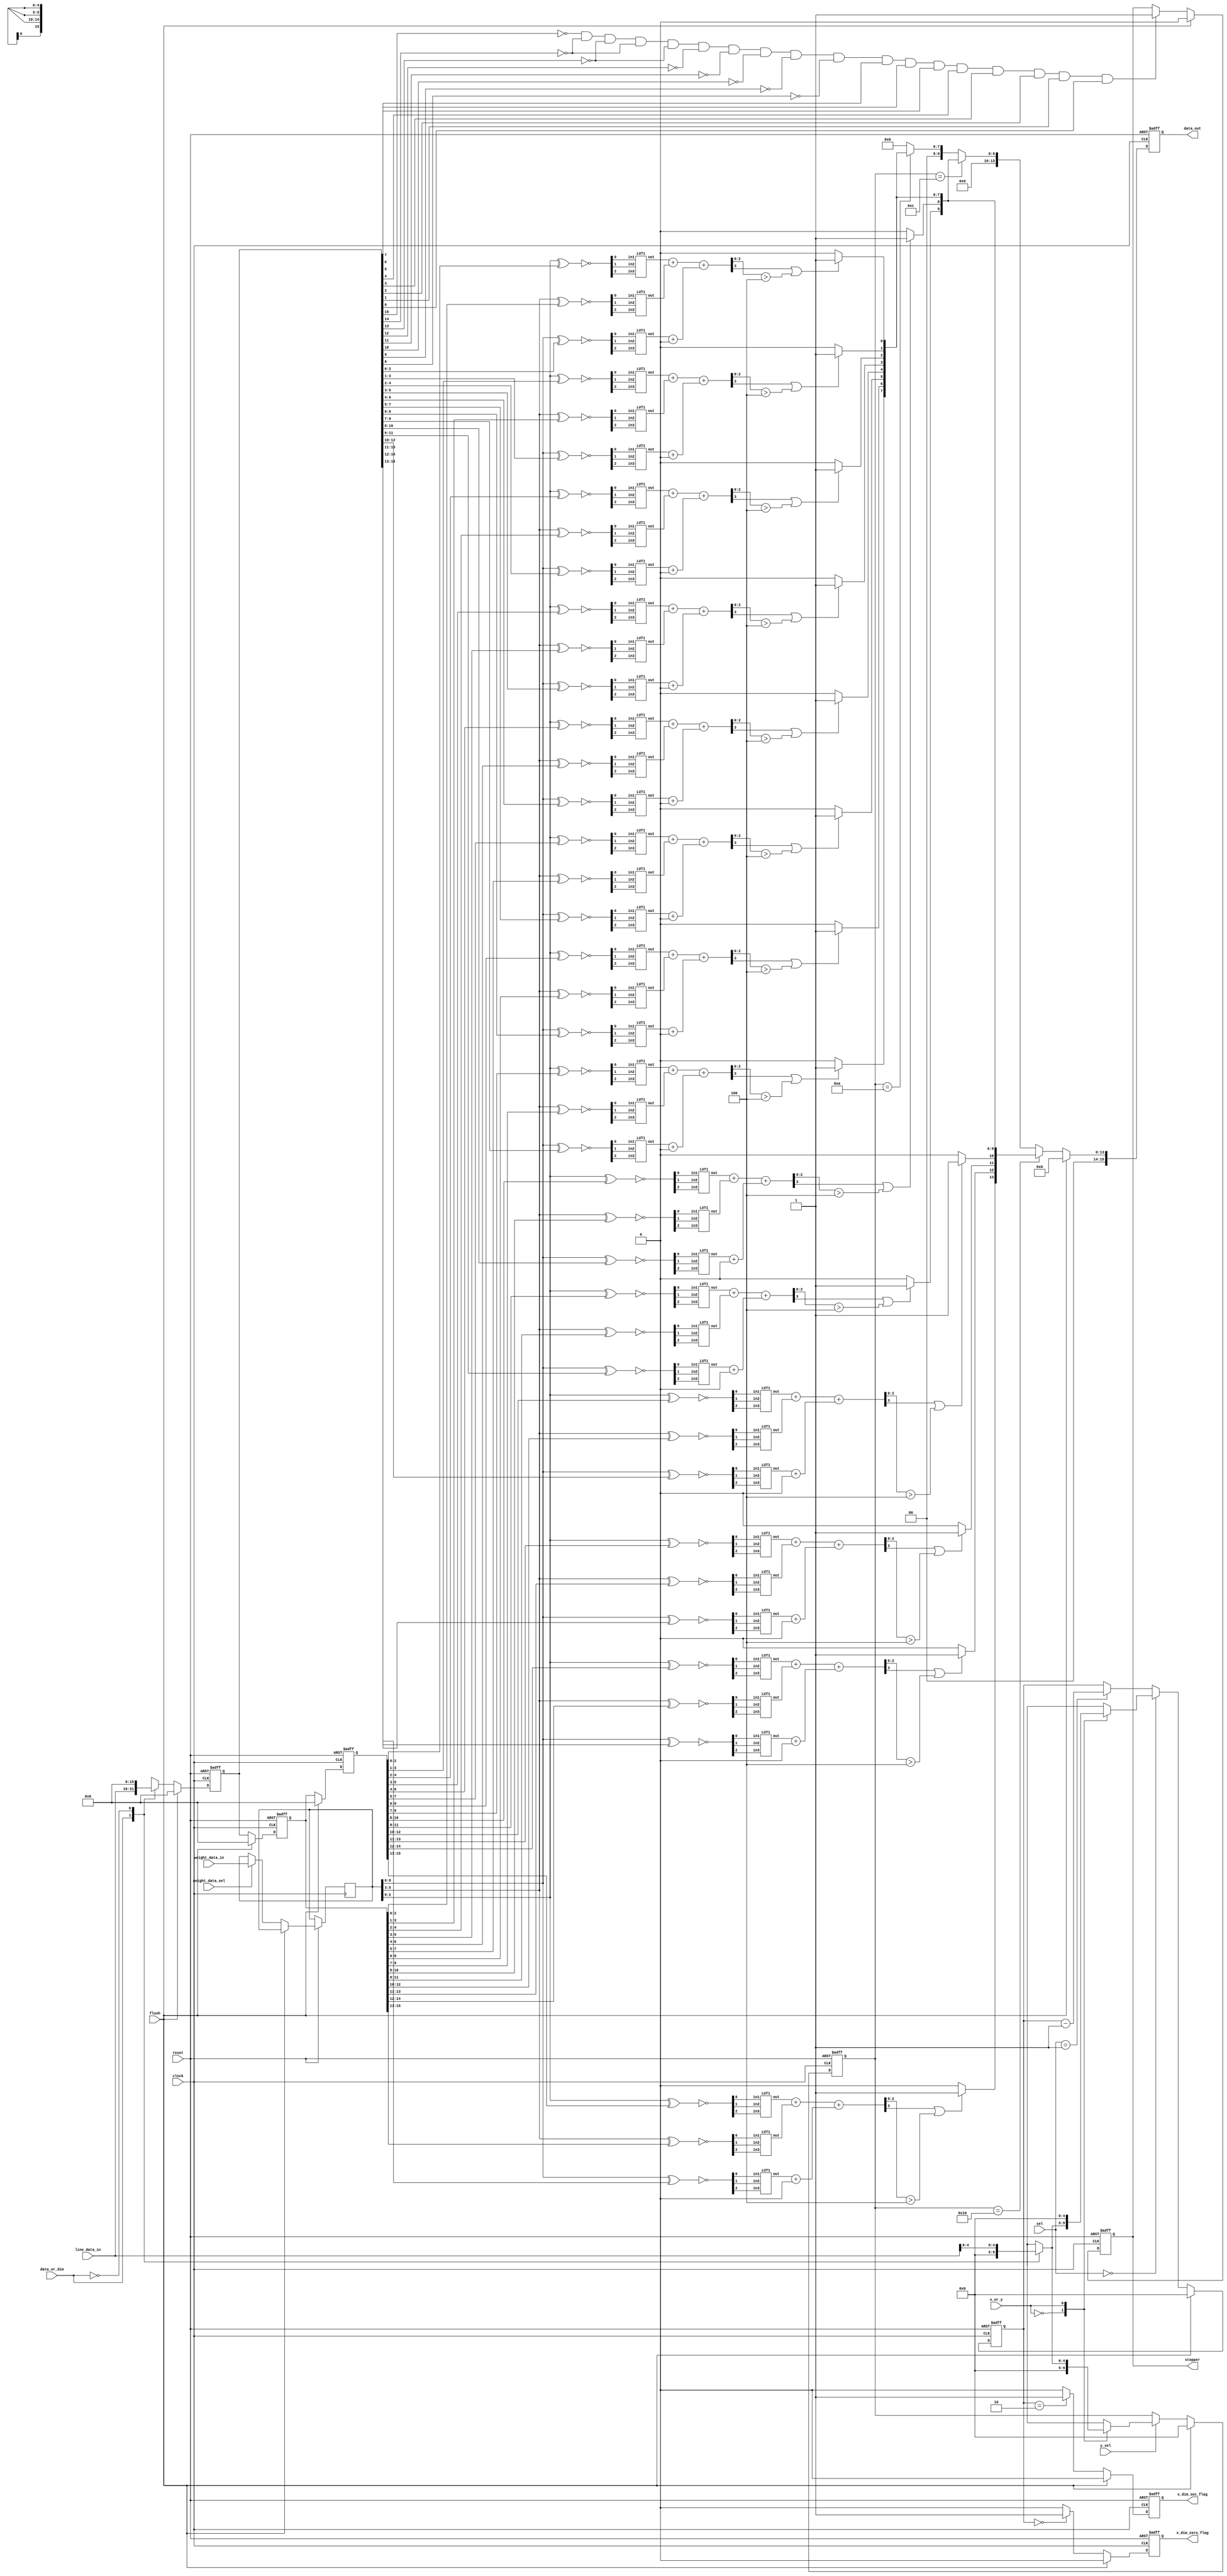
module datapath (
    line_data_in,weight_data_in,
    clock,reset,
    data_out,x_dim_zero_flag,x_dim_sec_flag,stopper,
    //control
    data_or_dim,x_or_y,weight_data_sel,y_sel,sel,flush
);
    input[15:0] line_data_in,weight_data_in;
    input clock,reset;
    output[15:0] data_out;
    output x_dim_zero_flag;
    output x_dim_sec_flag;
    output stopper;

     //wires
    reg[15:0] IR_in;
    reg[4:0] SRAM_in,x_line,y_line;
    reg[15:0] weight_data_line;
    reg[15:0] data_temp;
    reg[15:0] Carry_A;
    reg[47:0] A_reg_added_val;
    reg[15:0] data_temp_padded;

    //temporary storage
    reg[15:0] weight_data;
    reg[4:0] x_dim,y_dim;
    reg[15:0] A_reg,B_reg,C_reg;


    //control signals
    input data_or_dim,x_or_y,weight_data_sel,y_sel;
    input flush;
    input[1:0] sel;

    //output
    reg[15:0] data_out;
    reg x_dim_zero_flag;
    reg x_dim_sec_flag;
    reg stopper;


    //Module instantiation
    //A LUT1 implementation
    wire[47:0] A_reg_temp;
    reg[2:0] temp_a_0,temp_a_1,temp_a_2,temp_a_3,temp_a_4,temp_a_5,temp_a_6,temp_a_7,temp_a_8,temp_a_9,temp_a_10,temp_a_11,temp_a_12,temp_a_13,temp_a_14,temp_a_15,temp_a_16;
    LUT1 l1(A_reg_temp[2:0],temp_a_0[0],temp_a_0[1],temp_a_0[2]);
    LUT1 l2(A_reg_temp[5:3],temp_a_1[0],temp_a_1[1],temp_a_1[2]);
    LUT1 l3(A_reg_temp[8:6],temp_a_2[0],temp_a_2[1],temp_a_2[2]);
    LUT1 l4(A_reg_temp[11:9],temp_a_3[0],temp_a_3[1],temp_a_3[2]);
    LUT1 l5(A_reg_temp[14:12],temp_a_4[0],temp_a_4[1],temp_a_4[2]);
    LUT1 l6(A_reg_temp[17:15],temp_a_5[0],temp_a_5[1],temp_a_5[2]);
    LUT1 l7(A_reg_temp[20:18],temp_a_6[0],temp_a_6[1],temp_a_6[2]);
    LUT1 l8(A_reg_temp[23:21],temp_a_7[0],temp_a_7[1],temp_a_7[2]);
    LUT1 l9(A_reg_temp[26:24],temp_a_8[0],temp_a_8[1],temp_a_8[2]);
    LUT1 l10(A_reg_temp[29:27],temp_a_9[0],temp_a_9[1],temp_a_9[2]);
    LUT1 l11(A_reg_temp[32:30],temp_a_10[0],temp_a_10[1],temp_a_10[2]);
    LUT1 l12(A_reg_temp[35:33],temp_a_11[0],temp_a_11[1],temp_a_11[2]);
    LUT1 l13(A_reg_temp[38:36],temp_a_12[0],temp_a_12[1],temp_a_12[2]);
    LUT1 l14(A_reg_temp[41:39],temp_a_13[0],temp_a_13[1],temp_a_13[2]);
    assign A_reg_temp[47:42] = 6'b000000;


    //B LUT1 implementation
    wire[47:0] B_reg_temp;
    reg[2:0] temp_b_0,temp_b_1,temp_b_2,temp_b_3,temp_b_4,temp_b_5,temp_b_6,temp_b_7,temp_b_8,temp_b_9,temp_b_10,temp_b_11,temp_b_12,temp_b_13,temp_b_14,temp_b_15,temp_b_16;
    LUT1 g1(B_reg_temp[2:0],temp_b_0[0],temp_b_0[1],temp_b_0[2]);
    LUT1 g2(B_reg_temp[5:3],temp_b_1[0],temp_b_1[1],temp_b_1[2]);
    LUT1 g3(B_reg_temp[8:6],temp_b_2[0],temp_b_2[1],temp_b_2[2]);
    LUT1 g4(B_reg_temp[11:9],temp_b_3[0],temp_b_3[1],temp_b_3[2]);
    LUT1 g5(B_reg_temp[14:12],temp_b_4[0],temp_b_4[1],temp_b_4[2]);
    LUT1 g6(B_reg_temp[17:15],temp_b_5[0],temp_b_5[1],temp_b_5[2]);
    LUT1 g7(B_reg_temp[20:18],temp_b_6[0],temp_b_6[1],temp_b_6[2]);
    LUT1 g8(B_reg_temp[23:21],temp_b_7[0],temp_b_7[1],temp_b_7[2]);
    LUT1 g9(B_reg_temp[26:24],temp_b_8[0],temp_b_8[1],temp_b_8[2]);
    LUT1 g10(B_reg_temp[29:27],temp_b_9[0],temp_b_9[1],temp_b_9[2]);
    LUT1 g11(B_reg_temp[32:30],temp_b_10[0],temp_b_10[1],temp_b_10[2]);
    LUT1 g12(B_reg_temp[35:33],temp_b_11[0],temp_b_11[1],temp_b_11[2]);
    LUT1 g13(B_reg_temp[38:36],temp_b_12[0],temp_b_12[1],temp_b_12[2]);
    LUT1 g14(B_reg_temp[41:39],temp_b_13[0],temp_b_13[1],temp_b_13[2]);
    assign B_reg_temp[47:42] = 6'b000000;

    //C LUT1 implementction
    wire[47:0] C_reg_temp;
    reg[2:0] temp_c_0,temp_c_1,temp_c_2,temp_c_3,temp_c_4,temp_c_5,temp_c_6,temp_c_7,temp_c_8,temp_c_9,temp_c_10,temp_c_11,temp_c_12,temp_c_13,temp_c_14,temp_c_15,temp_c_16;
    LUT1 p1(C_reg_temp[2:0],temp_c_0[0],temp_c_0[1],temp_c_0[2]);
    LUT1 p2(C_reg_temp[5:3],temp_c_1[0],temp_c_1[1],temp_c_1[2]);
    LUT1 p3(C_reg_temp[8:6],temp_c_2[0],temp_c_2[1],temp_c_2[2]);
    LUT1 p4(C_reg_temp[11:9],temp_c_3[0],temp_c_3[1],temp_c_3[2]);
    LUT1 p5(C_reg_temp[14:12],temp_c_4[0],temp_c_4[1],temp_c_4[2]);
    LUT1 p6(C_reg_temp[17:15],temp_c_5[0],temp_c_5[1],temp_c_5[2]);
    LUT1 p7(C_reg_temp[20:18],temp_c_6[0],temp_c_6[1],temp_c_6[2]);
    LUT1 p8(C_reg_temp[23:21],temp_c_7[0],temp_c_7[1],temp_c_7[2]);
    LUT1 p9(C_reg_temp[26:24],temp_c_8[0],temp_c_8[1],temp_c_8[2]);
    LUT1 p10(C_reg_temp[29:27],temp_c_9[0],temp_c_9[1],temp_c_9[2]);
    LUT1 p11(C_reg_temp[32:30],temp_c_10[0],temp_c_10[1],temp_c_10[2]);
    LUT1 p12(C_reg_temp[35:33],temp_c_11[0],temp_c_11[1],temp_c_11[2]);
    LUT1 p13(C_reg_temp[38:36],temp_c_12[0],temp_c_12[1],temp_c_12[2]);
    LUT1 p14(C_reg_temp[41:39],temp_c_13[0],temp_c_13[1],temp_c_13[2]);
    assign C_reg_temp[47:42] = 6'b000000;

    always @(posedge clock or negedge reset) begin
        if(!reset)begin
            x_dim <= 5'b00000;
            y_dim <= 5'b00000;
            A_reg <= 16'h0000;
            B_reg <= 16'h0000;
            C_reg <= 16'h0000;
            data_out <= 16'h0000;
            x_dim_zero_flag <= 1'b0;
            x_dim_sec_flag <= 1'b0;
            stopper <= 1'b0; 
        end

        else if(flush == 1'b1)begin
            x_dim <= 5'b00000;
            y_dim <= 5'b00000;
            A_reg <= 16'h0000;
            B_reg <= 16'h0000;
            C_reg <= 16'h0000;
            data_out <= 16'h0000;
            x_dim_zero_flag <= 1'b0;
            x_dim_sec_flag <= 1'b0;
            stopper <= 1'b0; 
        end
        else begin
            if(y_sel == 1'b1) begin
                //update y
                y_dim <= y_line;
            end

            if(weight_data_sel == 1'b1)begin
                //weight data update
                weight_data <= weight_data_in;
            end

            if(sel == 2'b00)begin
                x_dim <= x_line;
            end
            else if(sel == 2'b01)begin
                x_dim <= x_dim - 1'b1;
            end

            if(x_dim == 5'b00000) begin
                x_dim_zero_flag <= 1'b1;
            end
            else begin
                x_dim_zero_flag <= 1'b0;
            end


            if(x_dim == 5'b00010) begin
                x_dim_sec_flag <= 1'b1;
            end
            else begin
                x_dim_sec_flag <= 1'b0;
            end

            C_reg <= IR_in;
            B_reg <= C_reg;
            A_reg <= B_reg;
            data_out <= data_temp_padded;

            if((~C_reg[15]) && (~C_reg[14]) && (~C_reg[13]) && (~C_reg[14]) && (~C_reg[13]) && (~C_reg[12]) && (~C_reg[11]) && (~C_reg[10]) && (~C_reg[9]) && (~C_reg[8]) && (C_reg[7]) && (C_reg[6]) && (C_reg[5]) && (C_reg[4]) && (C_reg[3]) && (C_reg[2]) && (C_reg[1]) && (C_reg[0])) begin
                stopper <= 1'b1;                
            end          

        end
    end


    always @(*) begin
        casex(data_or_dim)
            1'b1: begin
                //data
                IR_in = line_data_in;
                SRAM_in = 4'b0000;
            end
            1'b0: begin
                //dim
                IR_in = 16'h0000;
                SRAM_in = line_data_in[4:0];
            end
        endcase

        casex (x_or_y)
            1'b0:begin
                //x
                x_line = SRAM_in;
                y_line = 4'b0000;
            end
            1'b1:begin
                //y
                x_line = 4'b0000;
                y_line = SRAM_in;
            end
        endcase

        //weight_data_line <= weight_data_in;

         //C XNOR computation
        temp_c_0 <= ~((weight_data[8:6]) ^ (C_reg[2:0]));
        temp_c_1 <= ~((weight_data[8:6]) ^ (C_reg[3:1]));
        temp_c_2 <= ~((weight_data[8:6]) ^ (C_reg[4:2]));
        temp_c_3 <= ~((weight_data[8:6]) ^ (C_reg[5:3]));
        temp_c_4 <= ~((weight_data[8:6]) ^ (C_reg[6:4]));
        temp_c_5 <= ~((weight_data[8:6]) ^ (C_reg[7:5]));
        temp_c_6 <= ~((weight_data[8:6]) ^ (C_reg[8:6]));
        temp_c_7 <= ~((weight_data[8:6]) ^ (C_reg[9:7]));
        temp_c_8 <= ~((weight_data[8:6]) ^ (C_reg[10:8]));
        temp_c_9 <= ~((weight_data[8:6]) ^ (C_reg[11:9]));
        temp_c_10 <= ~((weight_data[8:6]) ^ (C_reg[12:10]));
        temp_c_11 <= ~((weight_data[8:6]) ^ (C_reg[13:11]));
        temp_c_12 <= ~((weight_data[8:6]) ^ (C_reg[14:12]));
        temp_c_13 <= ~((weight_data[8:6]) ^ (C_reg[15:13]));  


        //B XNOR computation
        temp_b_0 <= ~((weight_data[5:3]) ^ (B_reg[2:0]));
        temp_b_1 <= ~((weight_data[5:3]) ^ (B_reg[3:1]));
        temp_b_2 <= ~((weight_data[5:3]) ^ (B_reg[4:2]));
        temp_b_3 <= ~((weight_data[5:3]) ^ (B_reg[5:3]));
        temp_b_4 <= ~((weight_data[5:3]) ^ (B_reg[6:4]));
        temp_b_5 <= ~((weight_data[5:3]) ^ (B_reg[7:5]));
        temp_b_6 <= ~((weight_data[5:3]) ^ (B_reg[8:6]));
        temp_b_7 <= ~((weight_data[5:3]) ^ (B_reg[9:7]));
        temp_b_8 <= ~((weight_data[5:3]) ^ (B_reg[10:8]));
        temp_b_9 <= ~((weight_data[5:3]) ^ (B_reg[11:9]));
        temp_b_10 <= ~((weight_data[5:3]) ^ (B_reg[12:10]));
        temp_b_11 <= ~((weight_data[5:3]) ^ (B_reg[13:11]));
        temp_b_12 <= ~((weight_data[5:3]) ^ (B_reg[14:12]));
        temp_b_13 <= ~((weight_data[5:3]) ^ (B_reg[15:13])); 


        //A XNOR computation
        temp_a_0 <= ~((weight_data[2:0]) ^ (A_reg[2:0]));
        temp_a_1 <= ~((weight_data[2:0]) ^ (A_reg[3:1]));
        temp_a_2 <= ~((weight_data[2:0]) ^ (A_reg[4:2]));
        temp_a_3 <= ~((weight_data[2:0]) ^ (A_reg[5:3]));
        temp_a_4 <= ~((weight_data[2:0]) ^ (A_reg[6:4]));
        temp_a_5 <= ~((weight_data[2:0]) ^ (A_reg[7:5]));
        temp_a_6 <= ~((weight_data[2:0]) ^ (A_reg[8:6]));
        temp_a_7 <= ~((weight_data[2:0]) ^ (A_reg[9:7]));
        temp_a_8 <= ~((weight_data[2:0]) ^ (A_reg[10:8]));
        temp_a_9 <= ~((weight_data[2:0]) ^ (A_reg[11:9]));
        temp_a_10 <= ~((weight_data[2:0]) ^ (A_reg[12:10]));
        temp_a_11 <= ~((weight_data[2:0]) ^ (A_reg[13:11]));
        temp_a_12 <= ~((weight_data[2:0]) ^ (A_reg[14:12]));
        temp_a_13 <= ~((weight_data[2:0]) ^ (A_reg[15:13])); 

        {Carry_A[0], A_reg_added_val[2:0]} <= (A_reg_temp[2:0] + B_reg_temp[2:0]) + (C_reg_temp[2:0] + 3'b000);
        {Carry_A[1], A_reg_added_val[5:3]} <= (A_reg_temp[5:3] + B_reg_temp[5:3]) + (C_reg_temp[5:3] + 3'b000);
        {Carry_A[2], A_reg_added_val[8:6]} <= (A_reg_temp[8:6] + B_reg_temp[8:6]) + (C_reg_temp[8:6] + 3'b000);
        {Carry_A[3], A_reg_added_val[11:9]} <= (A_reg_temp[11:9] + B_reg_temp[11:9]) + (C_reg_temp[11:9] + 3'b000);
        {Carry_A[4], A_reg_added_val[14:12]} <= (A_reg_temp[14:12] + B_reg_temp[14:12]) + (C_reg_temp[14:12] + 3'b000);
        {Carry_A[5], A_reg_added_val[17:15]} <= (A_reg_temp[17:15] + B_reg_temp[17:15]) + (C_reg_temp[17:15] + 3'b000);
        {Carry_A[6], A_reg_added_val[20:18]} <= (A_reg_temp[20:18] + B_reg_temp[20:18]) + (C_reg_temp[20:18] + 3'b000);
        {Carry_A[7], A_reg_added_val[23:21]} <= (A_reg_temp[23:21] + B_reg_temp[23:21]) + (C_reg_temp[23:21] + 3'b000);
        {Carry_A[8], A_reg_added_val[26:24]} <= (A_reg_temp[26:24] + B_reg_temp[26:24]) + (C_reg_temp[26:24] + 3'b000);
        {Carry_A[9], A_reg_added_val[29:27]} <= (A_reg_temp[29:27] + B_reg_temp[29:27]) + (C_reg_temp[29:27] + 3'b000);
        {Carry_A[10], A_reg_added_val[32:30]} <= (A_reg_temp[32:30] + B_reg_temp[32:30]) + (C_reg_temp[32:30] + 3'b000);
        {Carry_A[11], A_reg_added_val[35:33]} <= (A_reg_temp[35:33] + B_reg_temp[35:33]) + (C_reg_temp[35:33] + 3'b000);
        {Carry_A[12], A_reg_added_val[38:36]} <= (A_reg_temp[38:36] + B_reg_temp[38:36]) + (C_reg_temp[38:36] + 3'b000);
        {Carry_A[13], A_reg_added_val[41:39]} <= (A_reg_temp[41:39] + B_reg_temp[41:39]) + (C_reg_temp[41:39] + 3'b000);
        {Carry_A[14], A_reg_added_val[44:42]} <= (A_reg_temp[44:42] + B_reg_temp[44:42]) + (C_reg_temp[44:42] + 3'b000);
        {Carry_A[15], A_reg_added_val[47:45]} <= (A_reg_temp[47:45] + B_reg_temp[47:45]) + (C_reg_temp[47:45] + 3'b000);

        if((Carry_A[0]) || (A_reg_added_val[2:0] > 3'b100)) begin
            data_temp[0] <= 1'b1;
        end
        else begin
            data_temp[0] <= 1'b0;
        end

        if((Carry_A[1]) || (A_reg_added_val[5:3] > 3'b100)) begin
            data_temp[1] <= 1'b1;
        end
        else begin
            data_temp[1] <= 1'b0;
        end

        if((Carry_A[2]) || (A_reg_added_val[8:6] > 3'b100)) begin
            data_temp[2] <= 1'b1;
        end
        else begin
            data_temp[2] <= 1'b0;
        end

        if((Carry_A[3]) || (A_reg_added_val[11:9] > 3'b100)) begin
            data_temp[3] <= 1'b1;
        end
        else begin
            data_temp[3] <= 1'b0;
        end

        if((Carry_A[4]) || (A_reg_added_val[14:12] > 3'b100)) begin
            data_temp[4] <= 1'b1;
        end
        else begin
            data_temp[4] <= 1'b0;
        end

        if((Carry_A[5]) || (A_reg_added_val[17:15] > 3'b100)) begin
            data_temp[5] <= 1'b1;
        end
        else begin
            data_temp[5] <= 1'b0;
        end

        if((Carry_A[6]) || (A_reg_added_val[20:18] > 3'b100)) begin
            data_temp[6] <= 1'b1;
        end
        else begin
            data_temp[6] <= 1'b0;
        end

        if((Carry_A[7]) || (A_reg_added_val[23:21] > 3'b100)) begin
            data_temp[7] <= 1'b1;
        end
        else begin
            data_temp[7] <= 1'b0;
        end

        if((Carry_A[8]) || (A_reg_added_val[26:24] > 3'b100)) begin
            data_temp[8] <= 1'b1;
        end
        else begin
            data_temp[8] <= 1'b0;
        end

        if((Carry_A[9]) || (A_reg_added_val[29:27] > 3'b100)) begin
            data_temp[9] <= 1'b1;
        end
        else begin
            data_temp[9] <= 1'b0;
        end

        if((Carry_A[10]) || (A_reg_added_val[32:30] > 3'b100)) begin
            data_temp[10] <= 1'b1;
        end
        else begin
            data_temp[10] <= 1'b0;
        end

        if((Carry_A[11]) || (A_reg_added_val[35:33] > 3'b100)) begin
            data_temp[11] <= 1'b1;
        end
        else begin
            data_temp[11] <= 1'b0;
        end

        if((Carry_A[12]) || (A_reg_added_val[38:36] > 3'b100)) begin
            data_temp[12] <= 1'b1;
        end
        else begin
            data_temp[12] <= 1'b0;
        end

        if((Carry_A[13]) || (A_reg_added_val[41:39] > 3'b100)) begin
            data_temp[13] <= 1'b1;
        end
        else begin
            data_temp[13] <= 1'b0;
        end
        
        // if((Carry_A[14]) || (A_reg_added_val[44:42] > 3'b100)) begin
        //     data_temp[14] <= 1'b1;
        // end
        // else begin
            data_temp[14] <= 1'b0;
        //end

        // if((Carry_A[15]) || (A_reg_added_val[47:45] > 3'b100)) begin
        //     data_temp[15] <= 1'b1;
        // end
        // else begin
            data_temp[15] <= 1'b0;
        //end


        if(y_dim == 5'b10000) begin
            data_temp_padded <= data_temp;
        end
        else if(y_dim == 5'b01100) begin
            data_temp_padded <= {1'b0,1'b0,1'b0,1'b0,1'b0,1'b0,data_temp[9:0]};
        end
        else if(y_dim == 5'b01010) begin
            data_temp_padded <= {1'h0,1'b0,1'b0,1'b0,1'b0,1'b0,1'b0,1'b0,data_temp[7:0]};
        end
        else begin
            data_temp_padded <= 16'h0;
        end
    end
    
endmodule


module LUT1(out,in1,in2,in3);
    input in1,in2,in3;
    output[2:0] out;
    reg[2:0] out;
    always @(*) begin
        casex ({in3,in2,in1})
        3'b000: out<= 3'b000; 
        3'b001: out<= 3'b001;
        3'b010: out<= 3'b001;
        3'b011: out<= 3'b010;
        3'b100: out<= 3'b001;
        3'b101: out<= 3'b010;
        3'b110: out<= 3'b010;
        3'b111: out<= 3'b011;
    endcase
    end
    
endmodule